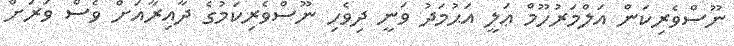
ނޫސްވެރިކަން އަލްމަރުހޫމް ޢަލީ އަޙުމަދު ވަނީ ދިވެހި ނޫސްވެރިކަމުގެ ދާއިރާއަށް ވެސް ވަރަށް